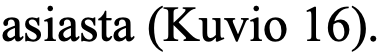
asiasta (Kuvio 16).